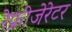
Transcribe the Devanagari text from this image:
रेफ्रीजेरेटर